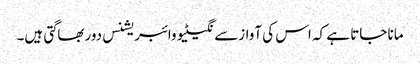
مانا جاتا ہے کہ اس کی آوازسے نگیٹیو وائبریشنس دوربھاگتی ہیں۔